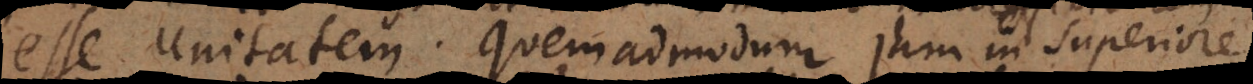
esse unitatem. Quemadmodum jam in superiore